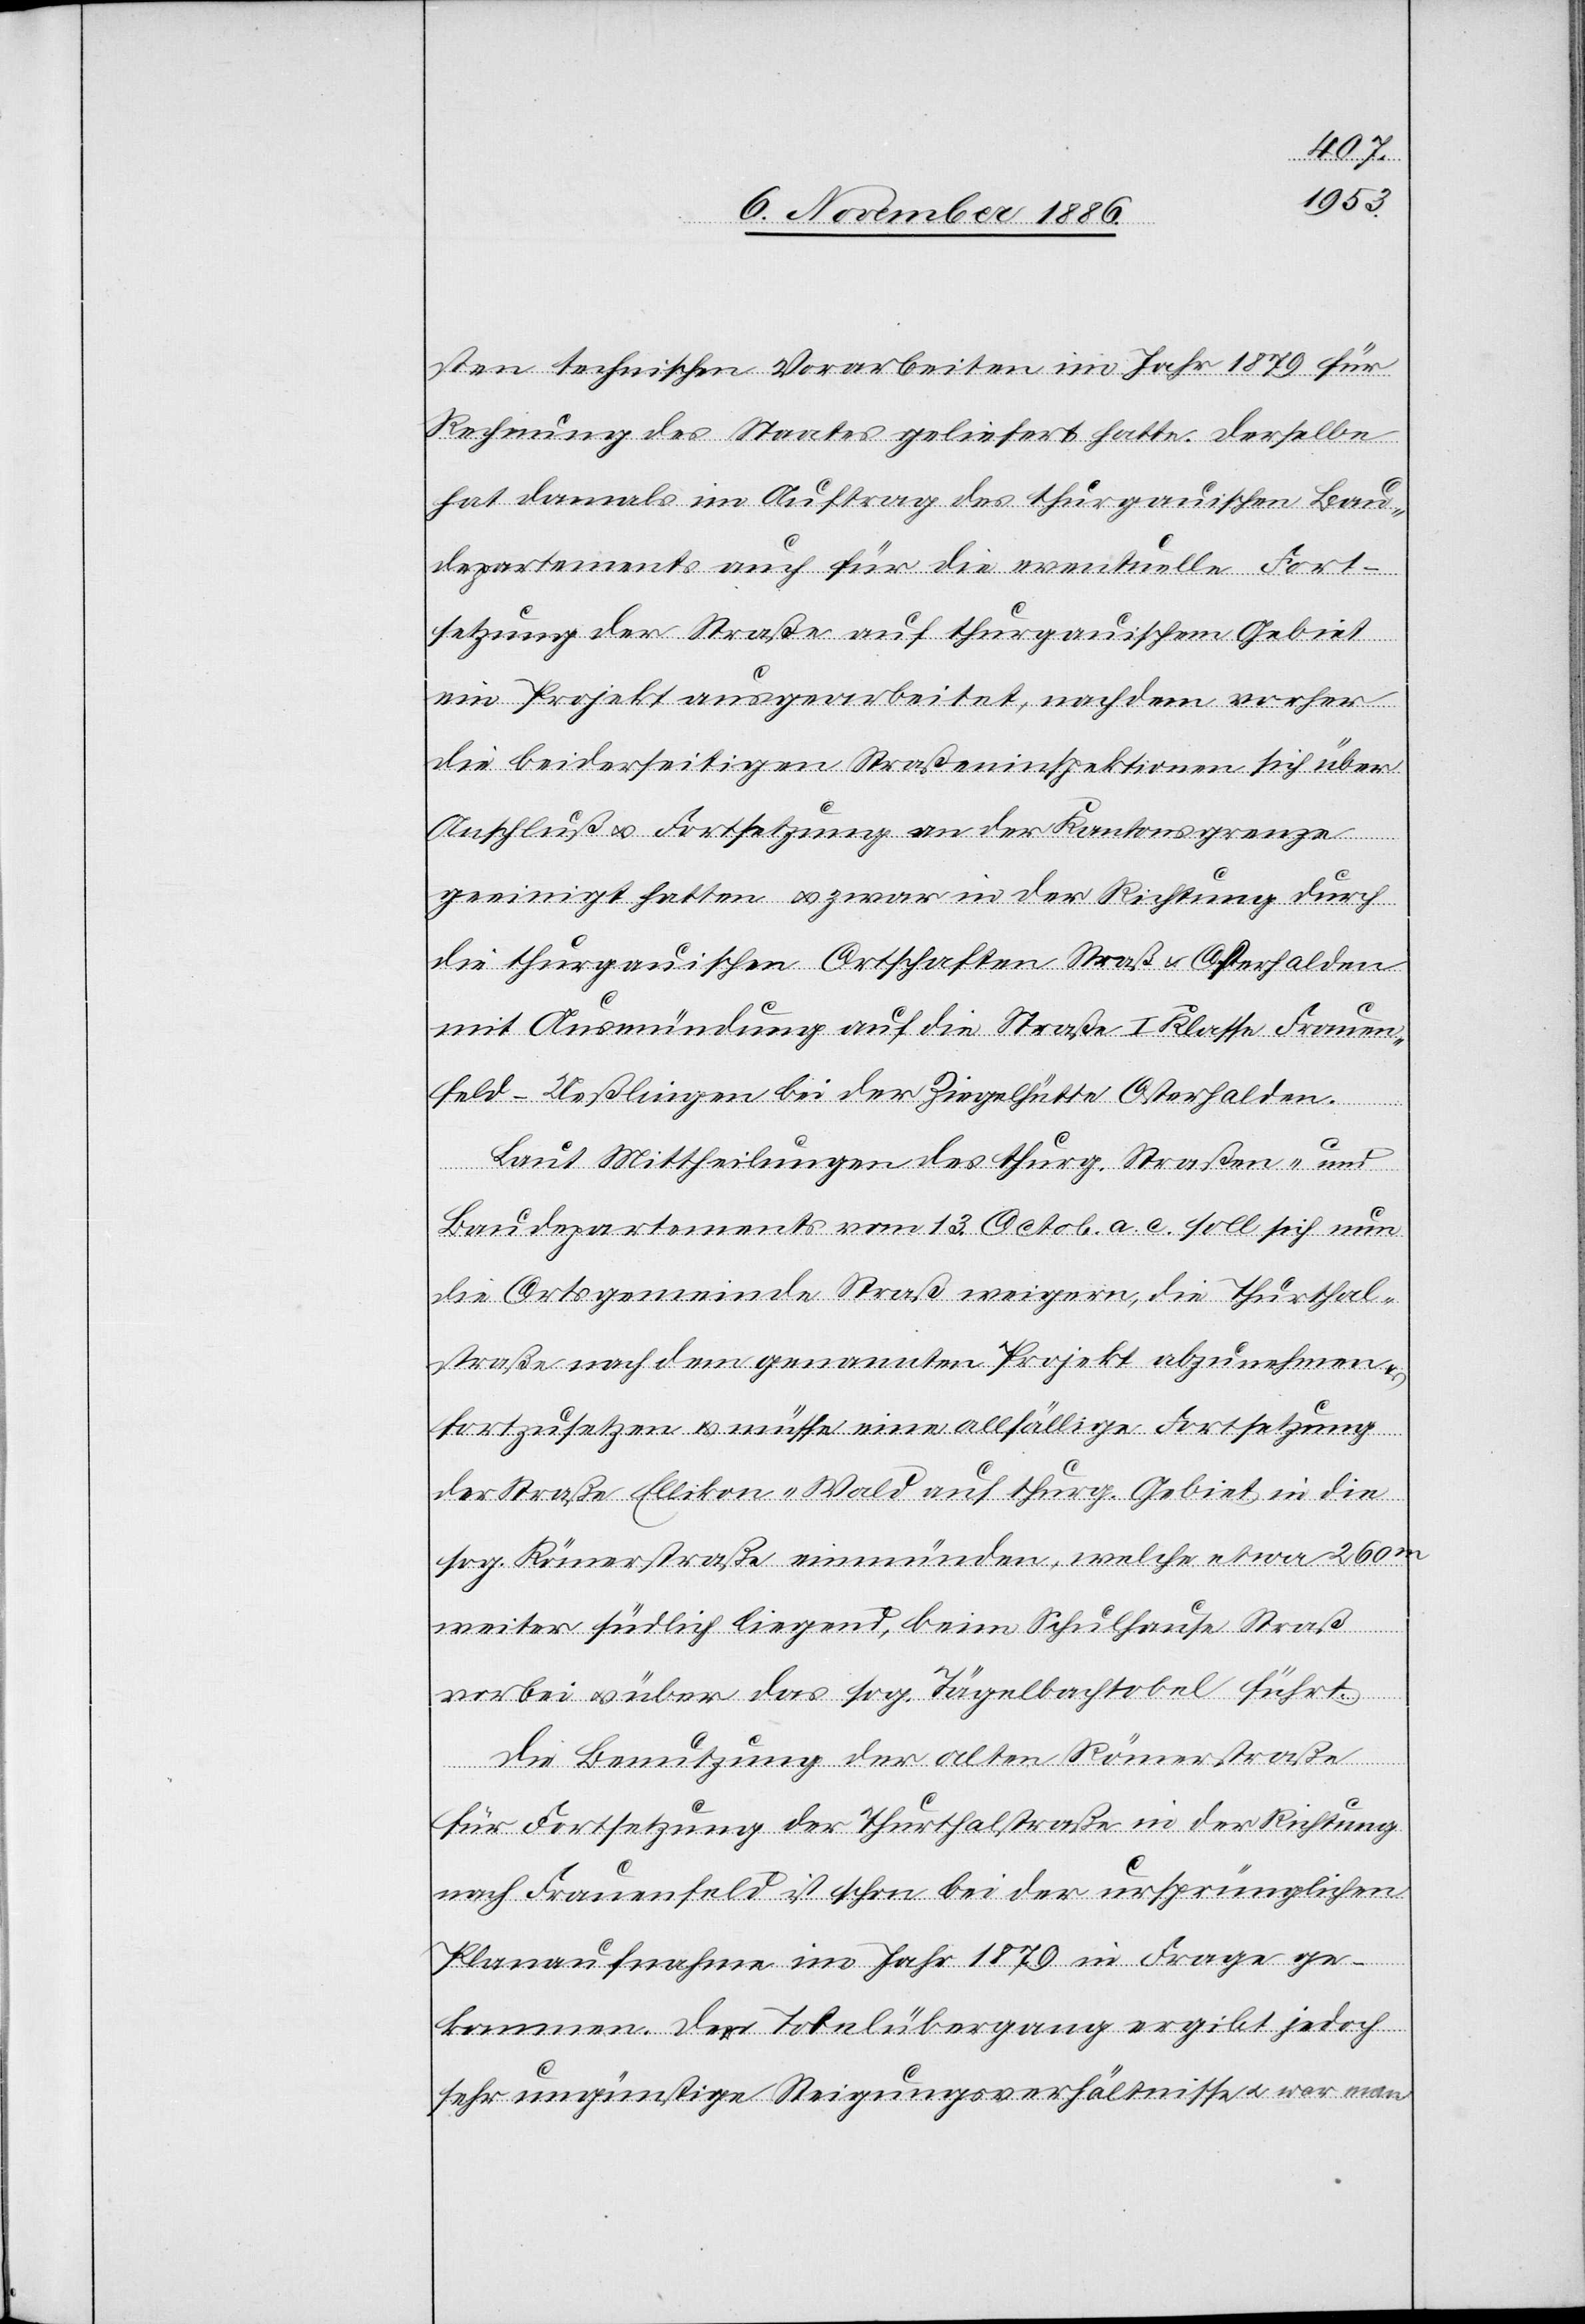
sten technischen Vorarbeiten im Jahr 1879 für
Rechnung des Staates geliefert hatte. Derselbe
hat damals im Auftrag des thurgauischen Bau¬
departements auch für die eventuelle Fort¬
setzung der Straße auf thurgauischem Gebiet
ein Projekt ausgearbeitet, nachdem vorher
die beiderseitigen Straßeninspektionen sich über
Anschluß & Fortsetzung an der Kantonsgrenze
geeinigt hatten & zwar in der Richtung durch
die thurgauischen Ortschaften Straß & Osterhalden
mit Ausmündung auf die Straße I. Klasse Frauen¬
feld–Ueßlingen bei der Ziegelhütte Osterhalden.
Laut Mittheilung des thurg. Straßen- und
Baudepartements vom 13. Octob. a. c. soll sich nun
die Ortsgemeinde Straß weigern, die Thurthal¬
straße nach dem genannten Projekt abzunehmen &
fortzusetzen & müsse eine allfällige Fortsetzung
der Straße Ellikon–Wald auf thurg. Gebiet in die
sog. Römerstraße einmünden, welche etwa 260m
weiter südlich liegend, beim Schulhause Straß
vorbei & über das sog. Tägelbachtobel führt.
Die Benutzung der alten Römerstraße
für Fortsetzung der Thurthalstraße in der Richtung
nach Frauenfeld ist schon bei der ursprünglichen
Planaufnahme im Jahr 1879 in Frage ge¬
kommen. Der Tobelübergang ergibt jedoch
sehr ungünstige Steigungsverhältnisse & war man